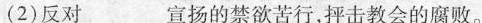
(2)反对___宣扬的禁欲苦行，抨击教会的腐败。